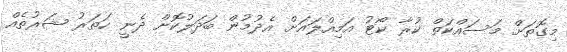
މިގޮތަށް މަސައްކަތް ކުރާ ކޯޓު އަމިއްލައަށް އެދުމުން ބަދަލުކޮށް ދެނީ ހަތަރު ޝަރުތެއް